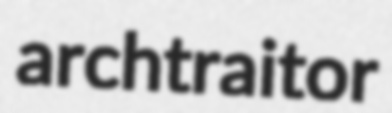
archtraitor